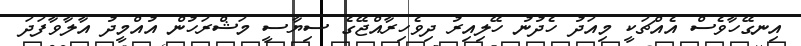
އިނގޭހާވެސް އެއްޗަކީ މިއަދު ހެދުުނު ހޭލިއިރު ދިވެހިރާއްޖޭގެ ސިޔާސީ މަޝްރަހުން އުއްމީދު އާލާވާފަދަ